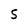
Character: S